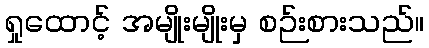
ရှုထောင့် အမျိုးမျိုးမှ စဉ်းစားသည်။